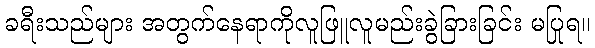
ခရီးသည်များ အတွက်နေရာကိုလူဖြူလူမည်းခွဲခြားခြင်း မပြုရ။